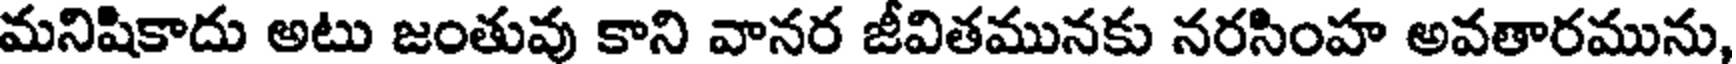
మనిషికాదు అటు జంతువు కాని వానర జీవితమునకు నరసింహ అవతారమును,